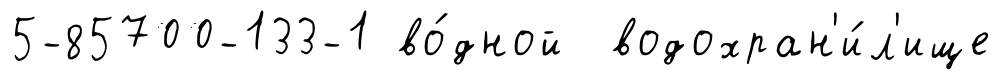
5-85700-133-1 во́дной водохран'и́л'ище